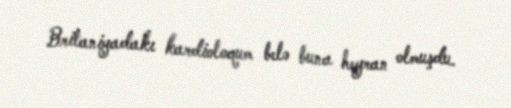
Britaniyadakı kardioloqum belə buna heyran olmuşdu.